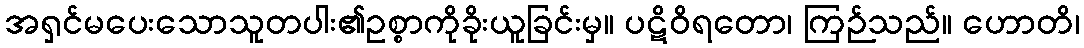
အရှင်မပေးသောသူတပါး၏ဥစ္စာကိုခိုးယူခြင်းမှ။ ပဋိဝိရတော၊ ကြဉ်သည်။ ဟောတိ၊